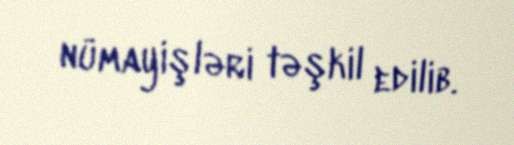
nümayişləri təşkil edilib.